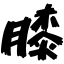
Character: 膝